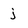
Character: j